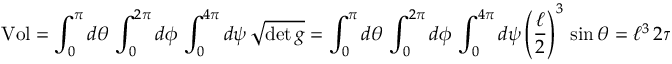
\mathrm { V o l } = \int _ { 0 } ^ { \pi } d \theta \, \int _ { 0 } ^ { 2 \pi } d \phi \, \int _ { 0 } ^ { 4 \pi } d \psi \, \sqrt { \operatorname * { d e t } g } = \int _ { 0 } ^ { \pi } d \theta \, \int _ { 0 } ^ { 2 \pi } d \phi \, \int _ { 0 } ^ { 4 \pi } d \psi \left( { \frac { \ell } { 2 } } \right) ^ { 3 } \, \sin \theta = \ell ^ { 3 } \, 2 \pi ^ { 2 } \ .